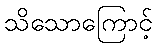
သိသောကြောင့်